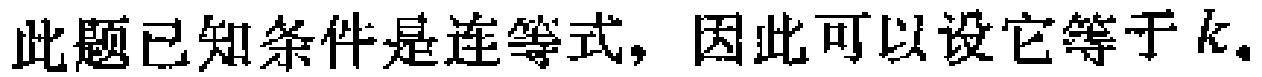
此题已知条件是连等式，因此可以设它等于\(k\)。